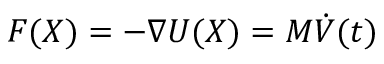
F ( X ) = - \nabla U ( X ) = M { \dot { V } } ( t )